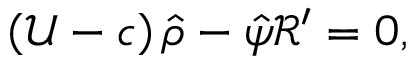
\begin{array} { r } { \left( \mathcal { U } - c \right) \hat { \rho } - \hat { \psi } \mathcal { R } ^ { \prime } = 0 , } \end{array}